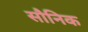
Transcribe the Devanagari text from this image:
सौनिक